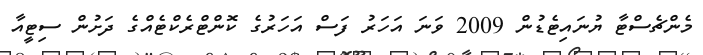
މެންޗެސްޓާ ޔުނައިޓެޑުން 2009 ވަނަ އަހަރު ފަސް އަހަރުގެ ކޮންޓްރެކްޓެއްގެ ދަށުން ސިޓީއާ